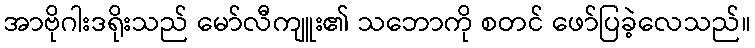
အာဗိုဂါးဒရိုးသည် မော်လီကျူး၏ သဘောကို စတင် ဖော်ပြခဲ့လေသည်။